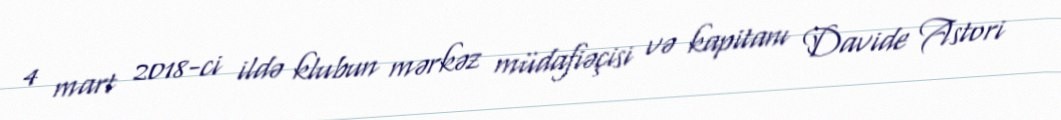
4 mart 2018-ci ildə klubun mərkəz müdafiəçisi və kapitanı Davide Astori